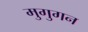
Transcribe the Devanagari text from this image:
मुगुगन